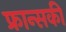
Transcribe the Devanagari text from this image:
फ्रान्सकी